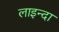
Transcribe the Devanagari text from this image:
लाइन्दा